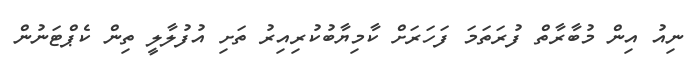
ނިއު އިން މުބާރާތް ފުރަތަމަ ފަހަރަށް ކާމިޔާބުކުރިއިރު ތަށި އުފުލާލީ ތިން ކެޕްޓަނުން